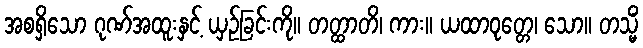
အစရှိသော ဂုဏ်အထူးနှင့် ယှဉ်ခြင်းကို။ တတ္ထာတိ၊ ကား။ ယထာဝုတ္တေ၊ သော။ တသ္မိံ